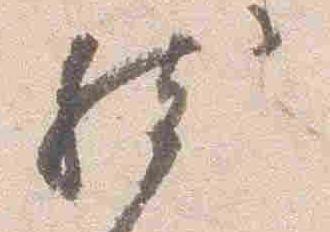
然